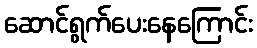
ဆောင်ရွက်ပေးနေကြောင်း